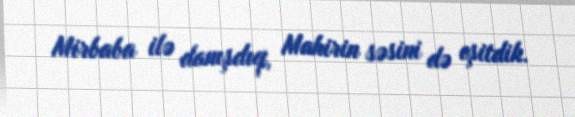
Mirbaba ilə danışdıq, Mahirin səsini də eşitdik.